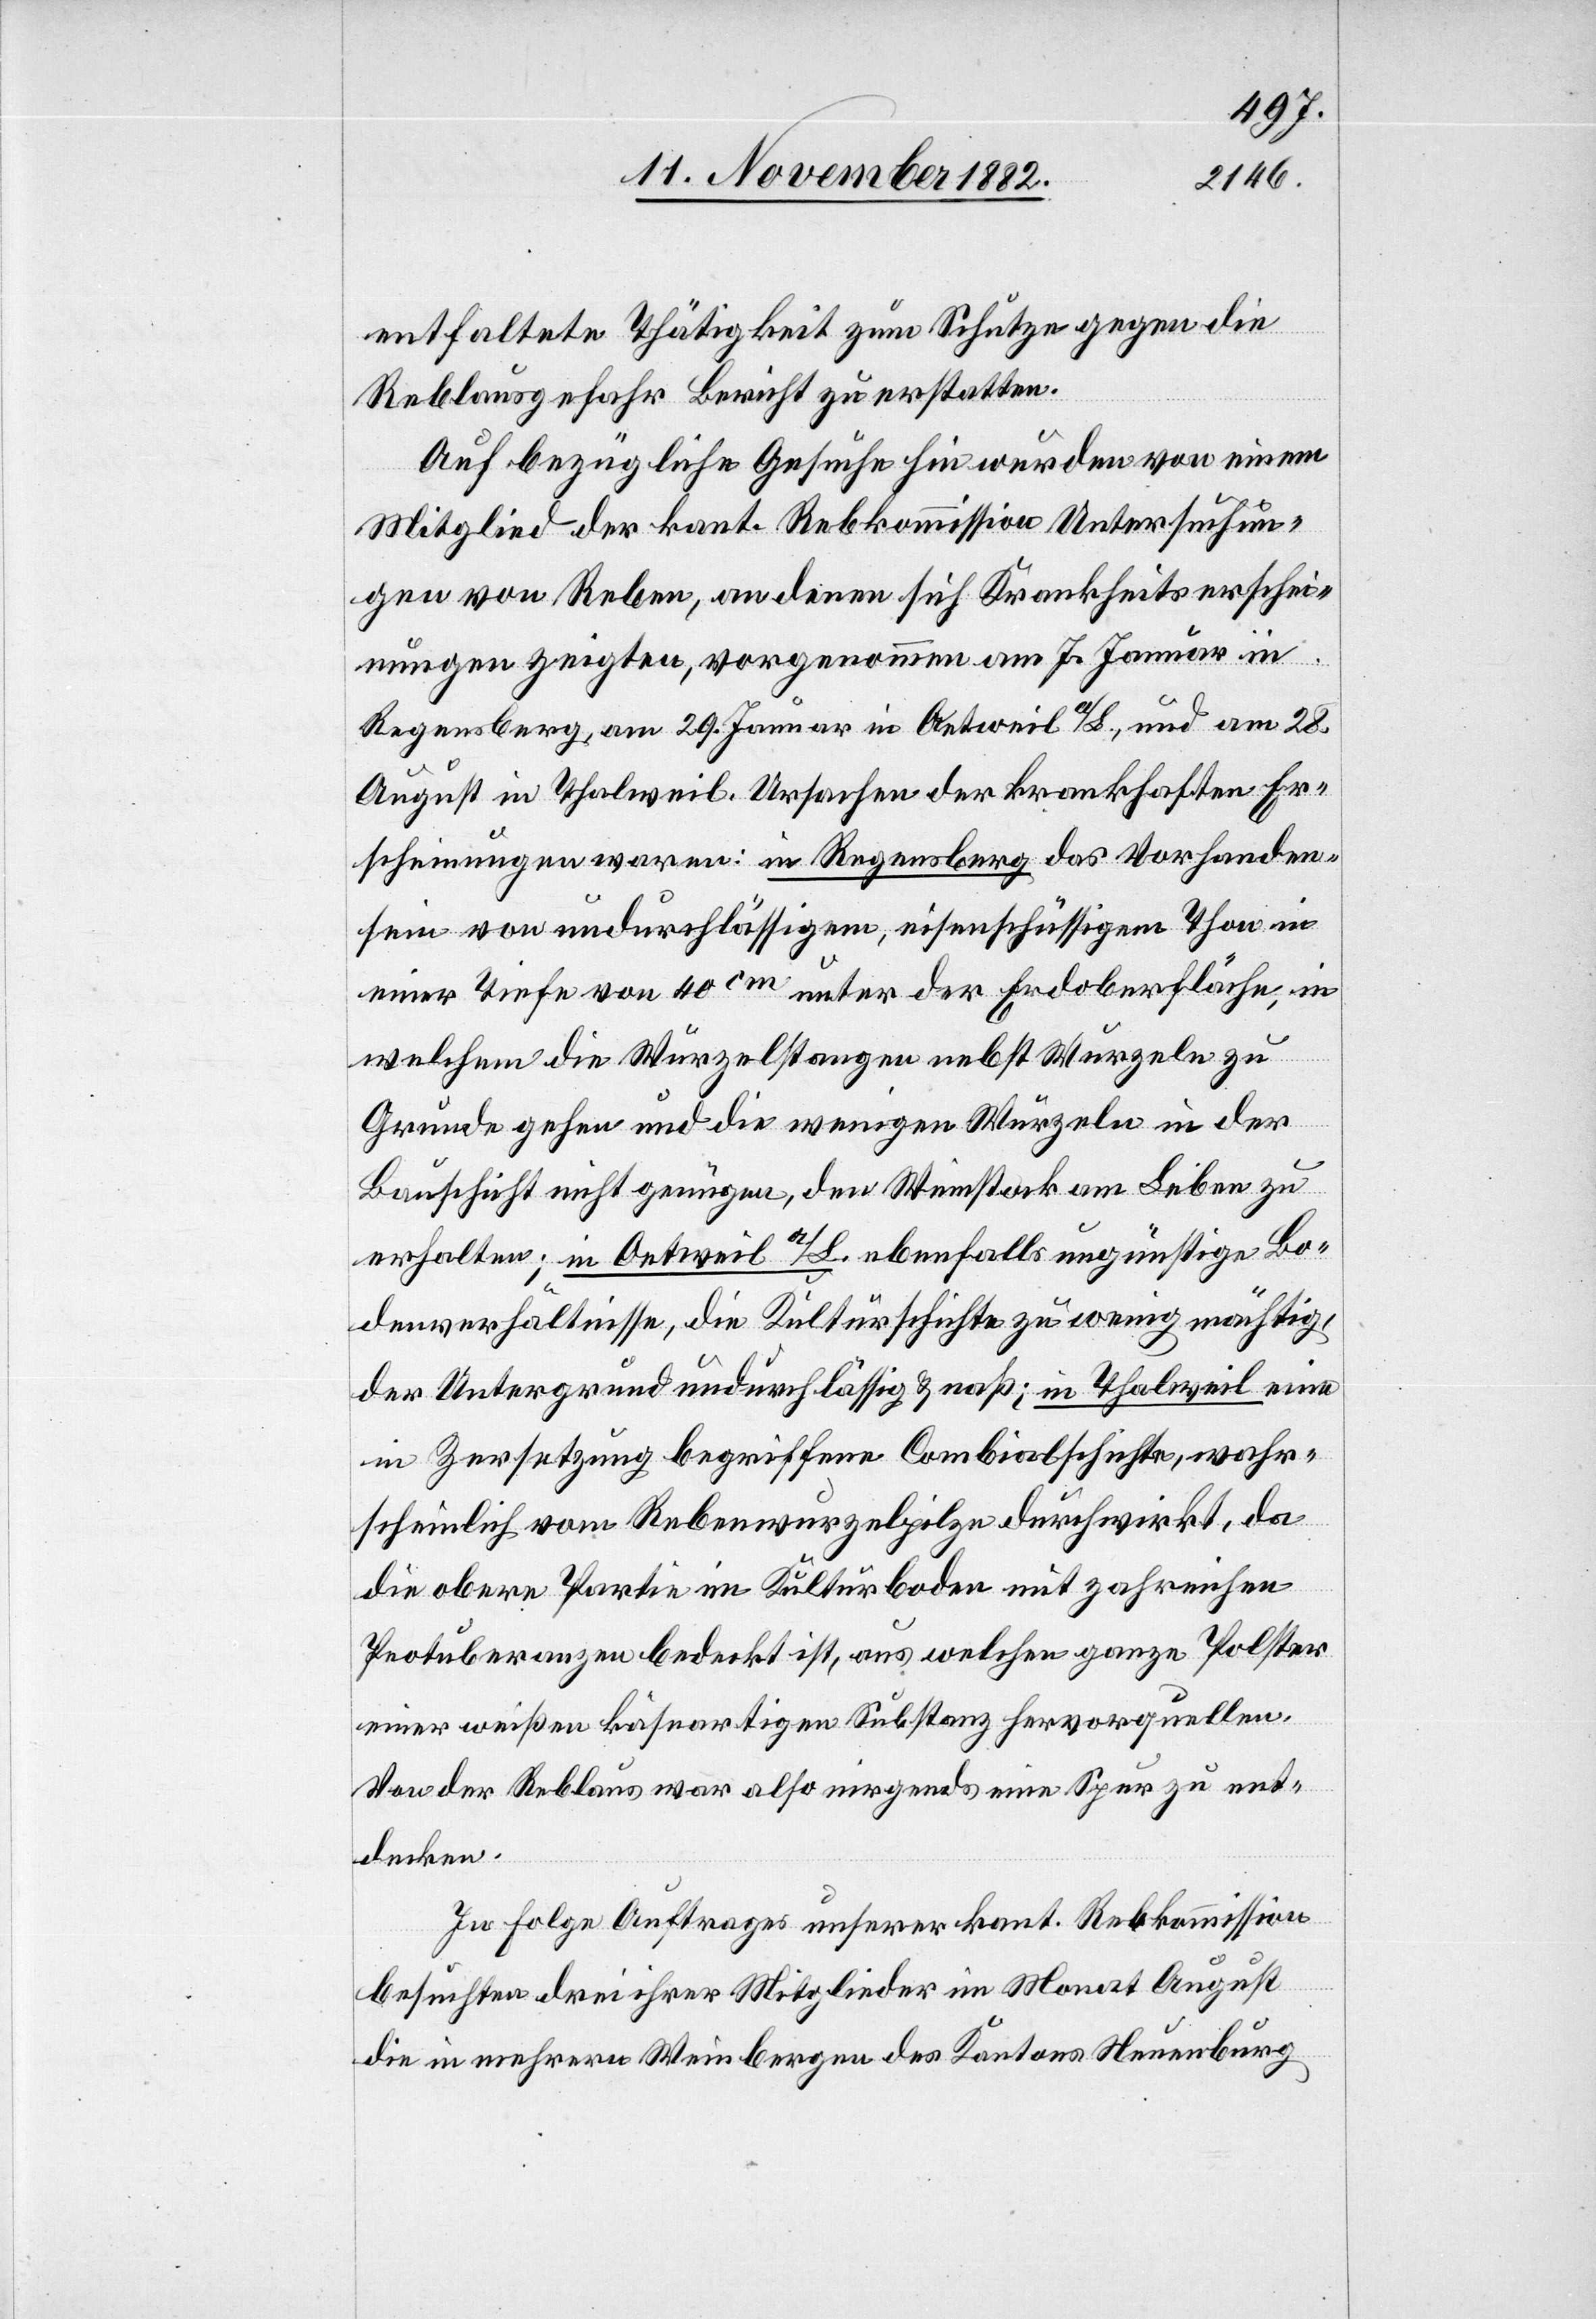
entfaltete Thätigkeit zum Schutze gegen die
Reblausgefahr Bericht zu erstatten.
Auf bezügliche Gesuche hin wurden von einem
Mitglied der kant. Rebkommission Untersuchun¬
gen von Reben, an denen sich Krankheitserschei¬
nungen zeigten, vorgenommen am 7. Januar in
August in Thalweil. Ursache der krankhaften Er¬
scheinungen waren: in Regensberg das Vorhanden¬
sein von undurchlässigen, eisenschüssigem Thon in
einer Tiefe von 40cm unter der Erdoberfläche, in
am
welchem die Wurzelstangen nebst Wurzeln zu
Grunde gehen und die wenigen Wurzeln in der
Bauschicht nicht genügen, den Weinstock am Leben zu
erhalten; in Oetweil a/L. ebenfalls ungünstige Bo¬
denverhältnisse, die Kulturschichte zu wenig mächtig,
der Untergrund undurchlässig & naß; in Thalweil eine
in Zersetzung begriffene Combialschichte, wahr¬
scheinlich vom Rebenwurzelpilze durchwirkt, da
die obere Partie im Kulturboden mit zah[l]reichen
Protuberanzen bedeckt ist, aus welchen ganze Polster
einer weißen käseartigen Substanz hervorquellen.
Von der Reblaus war also nirgends eine Spur zu ent¬
decken.
In Folge Auftrages unserer kant. Rebkommission
besuchten drei ihrer Mitglieder im Monat August
die in mehrern Weinbergen des Kantons Neuenburg